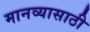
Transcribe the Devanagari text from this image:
मानव्यासाठी